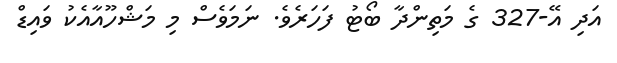
އަދި އޭ-327 ގެ މަތިންދާ ބޯޓު ފަހަރެވެ. ނަމަވެސް މި މަޝްހޫއާއެކު ވައިޑް